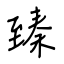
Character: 臻